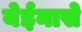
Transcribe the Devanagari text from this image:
येईनासे